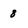
Character: 8